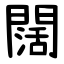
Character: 闊